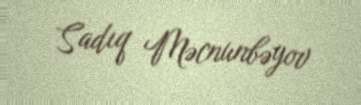
Sadıq Məcnunbəyov